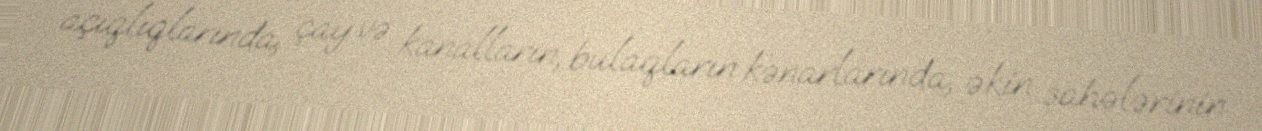
açıqlıqlarında, çay və kanalların, bulaqların kənarlarında, əkin sahələrinin